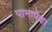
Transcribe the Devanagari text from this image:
पानापेक्षा